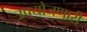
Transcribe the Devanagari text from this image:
उपयोजणारी